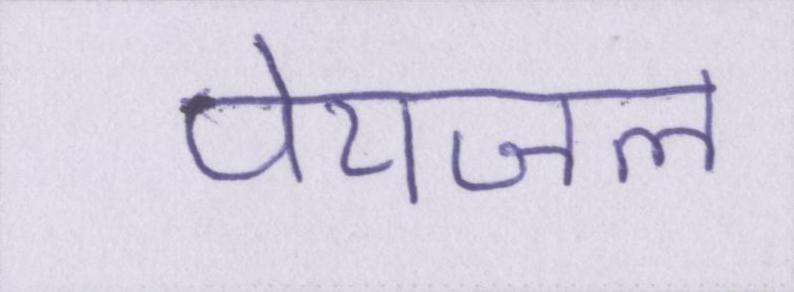
पेयजल